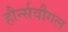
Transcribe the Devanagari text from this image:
हौर्न्सवौगल